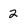
Character: 2